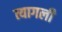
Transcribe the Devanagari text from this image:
त्यागली